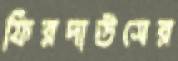
ফিরদাউসের